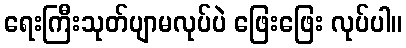
ရေးကြီးသုတ်ပျာမလုပ်ပဲ ဖြေးဖြေး လုပ်ပါ။